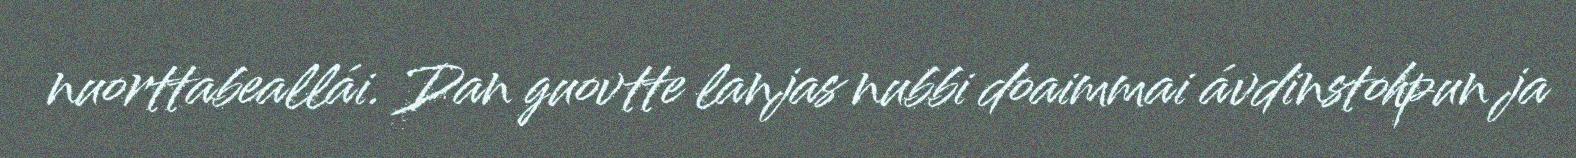
nuorttabeallái. Dan guovtte lanjas nubbi doaimmai ávdinstohpun ja